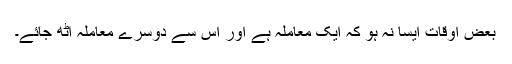
بعض اوقات ایسا نہ ہو کہ ایک معاملہ ہے اور اس سے دوسرے معاملہ اٹھ جائے۔